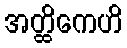
အတ္ထိကေဟိ